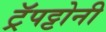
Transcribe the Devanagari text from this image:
ट्रॅपट्टोनी